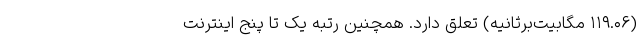
(۱۱۹.۰۶ مگابیت‌برثانیه) تعلق دارد. همچنین رتبه یک تا پنج اینترنت